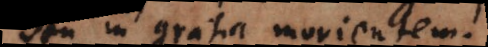
seu in gratia morientem.)